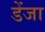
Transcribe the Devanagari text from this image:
डेंजा